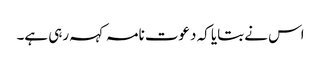
اس نے بتایا کہ دعوت نامہ کہہ رہی ہے۔